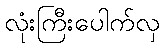
လုံးကြီးပေါက်လှ